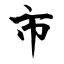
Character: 市